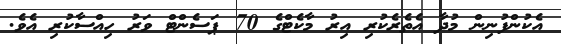
އެކުންފުނިން މުދާ އެތެރެކުރި އިރު މާކެޓްގެ 70 ޕަސެންޓް ވަރު ހިއްސާކުރި އެވެ.